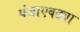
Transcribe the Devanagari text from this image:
पंजाएवढ्या